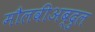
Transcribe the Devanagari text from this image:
मौलवीअब्दुल